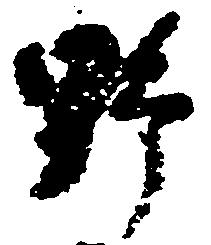
野